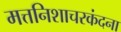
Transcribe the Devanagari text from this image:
मत्तनिशाचरकंदना